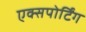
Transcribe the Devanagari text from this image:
एक्सपोर्टिंग